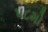
૫૮મો